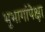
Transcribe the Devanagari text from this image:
भूभागांपेक्षा